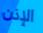
الإذن